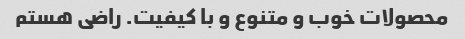
محصولات خوب و متنوع و با کیفیت. راضی هستم